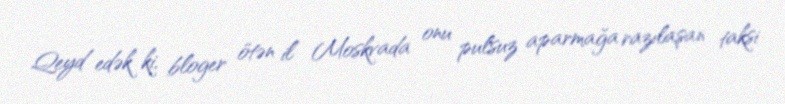
Qeyd edək ki, bloger ötən il Moskvada onu pulsuz aparmağa razılaşan taksi